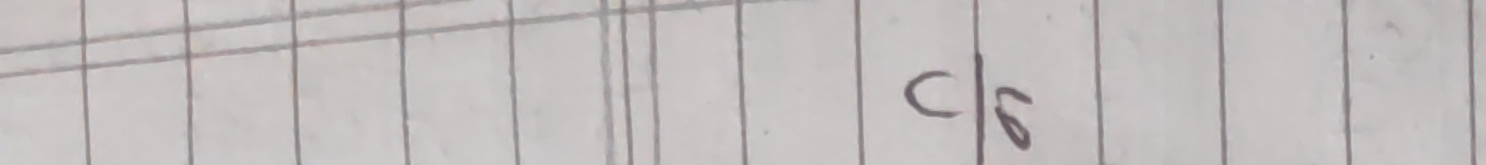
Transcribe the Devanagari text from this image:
c/६